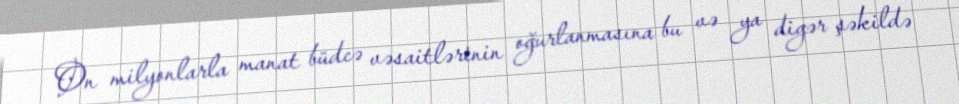
On milyonlarla manat büdcə vəsaitlərinin oğurlanmasına bu və ya digər şəkildə